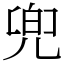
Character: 兜